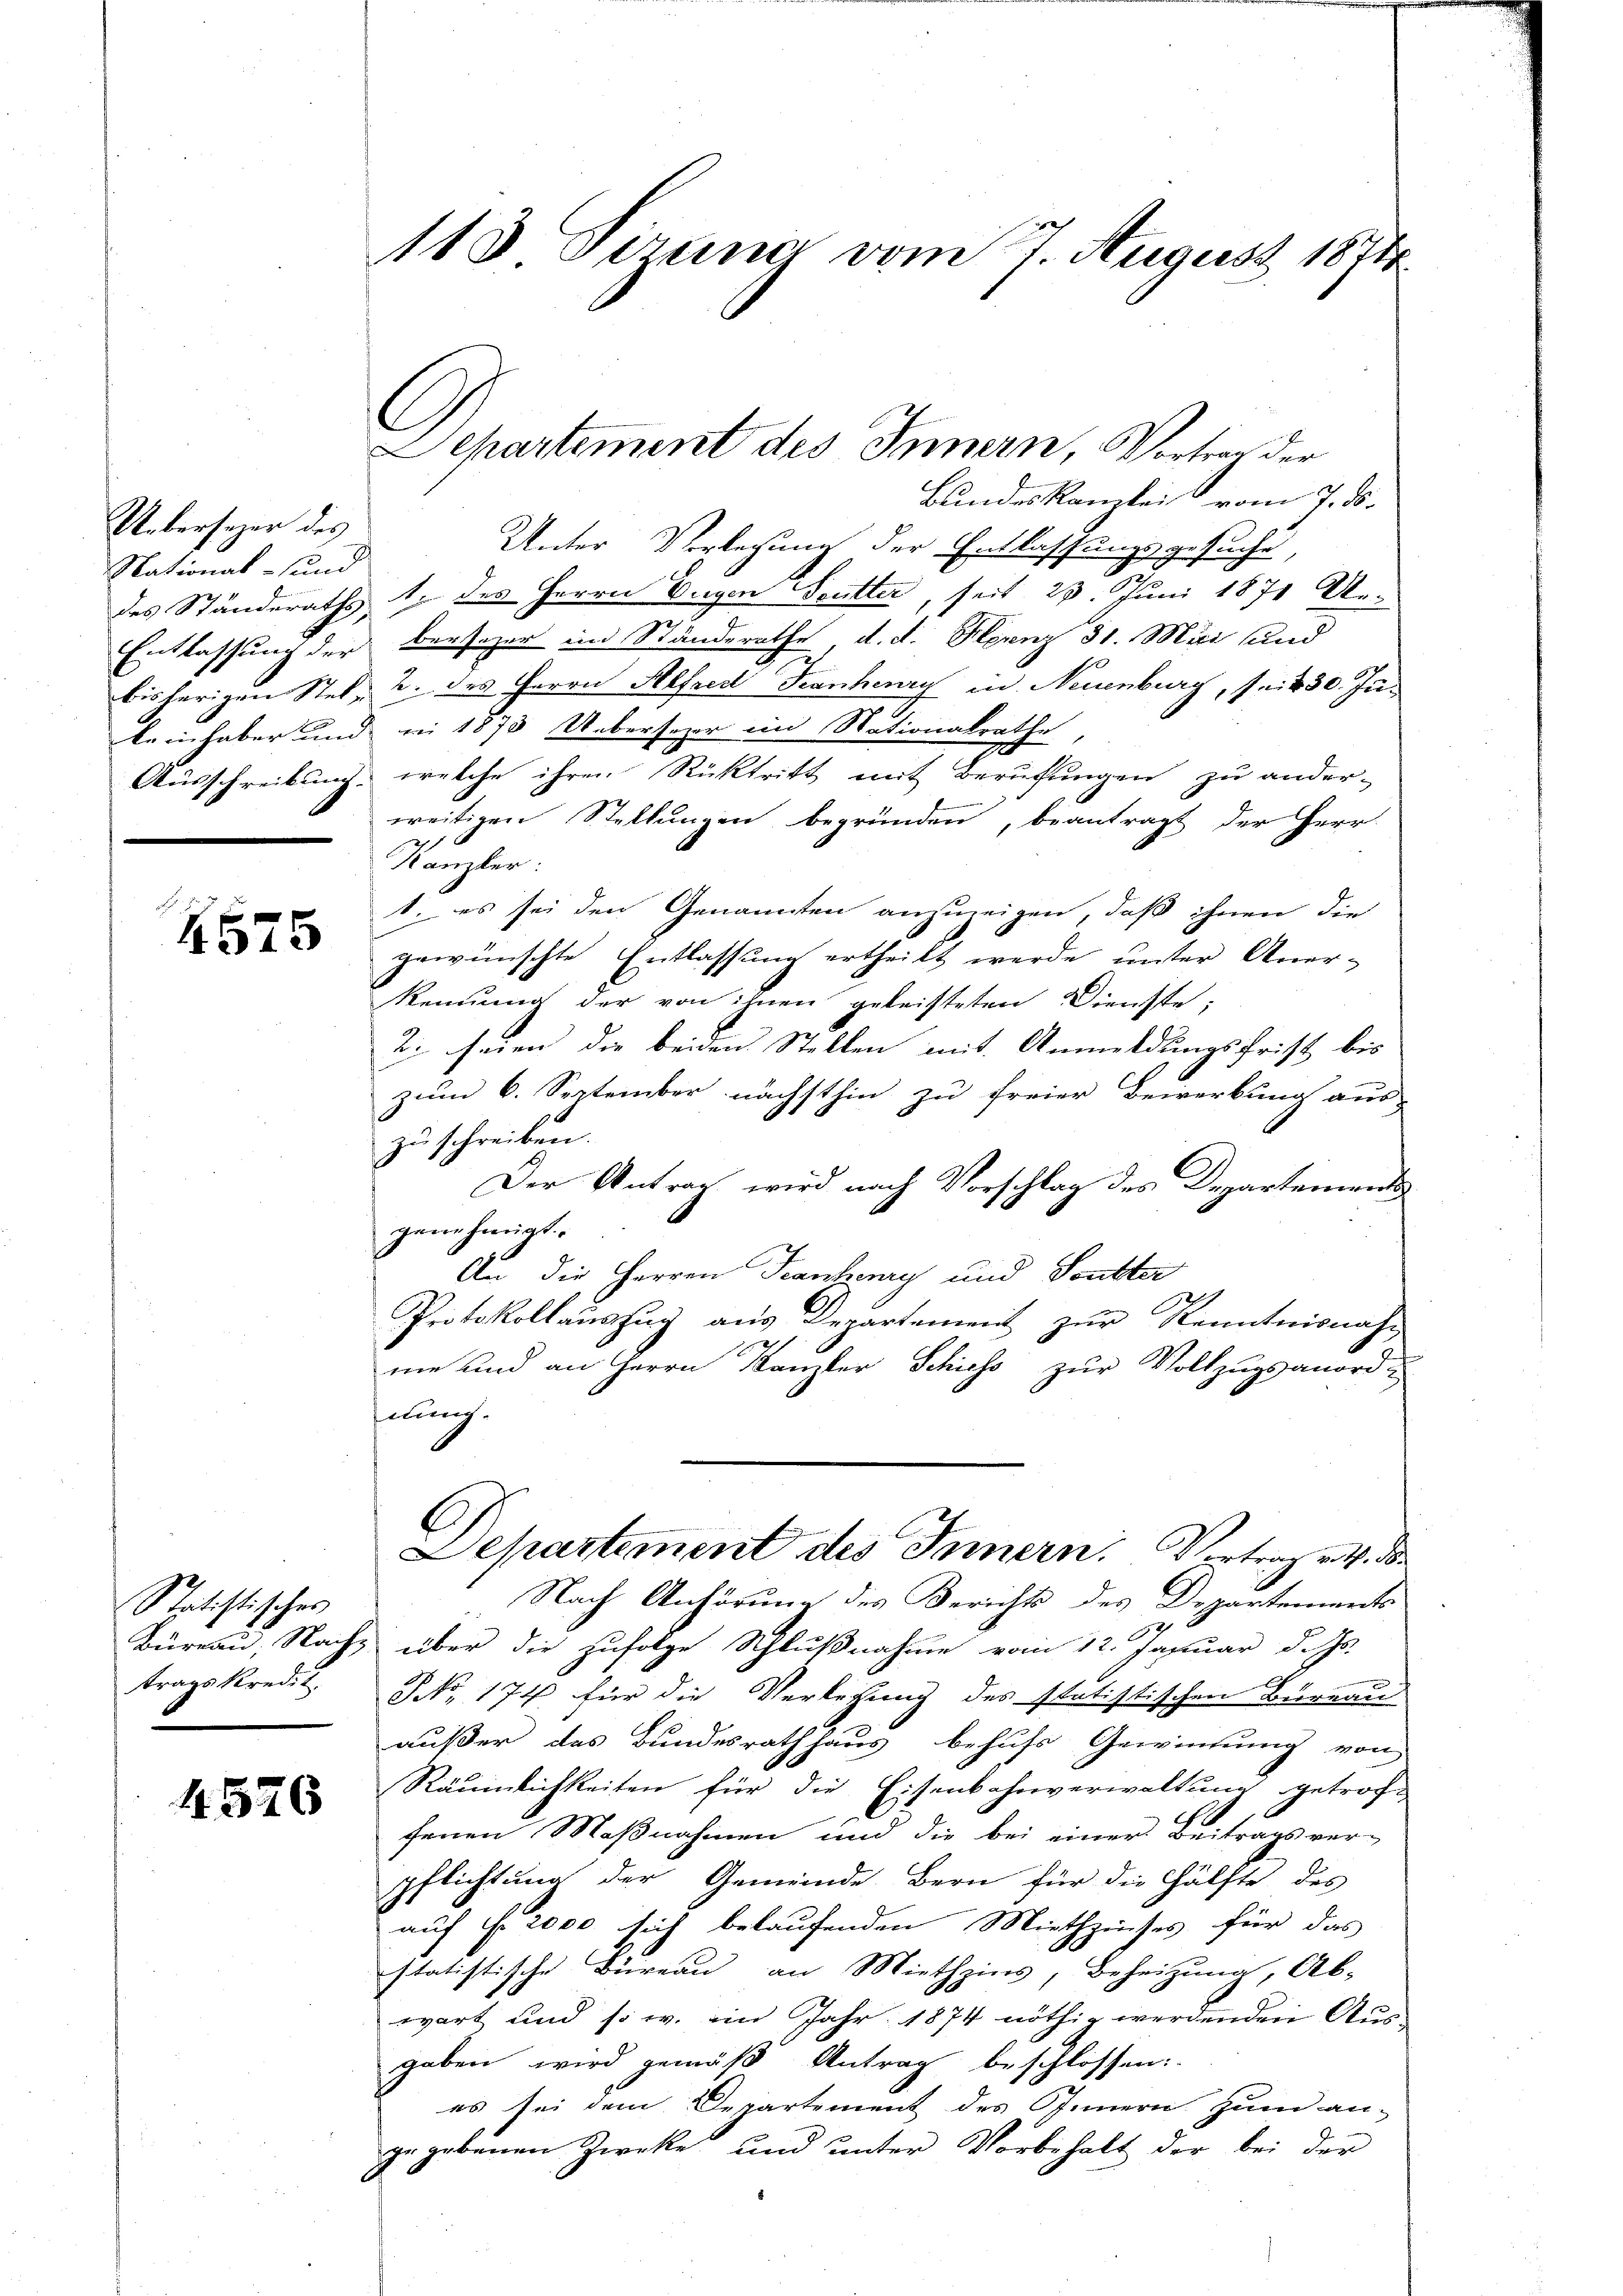
Uebersezer des
National- und
Entlassung der

4575

Statistisches
trags kredit.

4576

113 Tizung vom 7. August 1874.

e
Departement des Innern, Vortrag der

Bundeskanzlei vom 7. ds.
Unter Verlegung der Entlassungsgesuche,
des Ständeraths des Herrn Vergen Soutter, seit 23. Juni 1871 Ue-
bersezer in Ständerathe d. d. Hernz 31. Mai und
bisherigen Stet, 2. des Herrn Alfred Frankey in Neuenburg, seit 30. Inkein haber und ni 1873 Uebersezer im Nationalrathe
e
Ausschreibung, welche ihren Rücktritt mit Berufungen zu ander-
wreitigen Stellungen begründen, beantragt der Herr
Kanzler:
1. es sei den Genannten anzuzeigen, daß ihnen die
gewünschte Entlassung ertheilt werde unter Aner-
kennung der von ihnen geleisteten Dienste;
2: seien die beiden Stellen mit Anmeldungsfrist bis
zum 6. September nächsthin zu freier Bewerbung aus
zu schreiben.
Der Antrag wird nach Vorschlag des Departement
genehmigt.
An die Herren Frankery und Soutter
Protokollauszug aus Departement zur Kenntnisnah¬
12
me und an Herrn Kanzler Schiess zur Vollzugsanord-
nung.
Departement des Innern. Vertrag v. M. da
Nach Anhörung des Berichts des Departements
Büreau, Nachs über die zufolge Schlußnahme vom 12. Januar d. Js.
PNNo. 174 für die Verlegung des statistischen Büreau
außer des Bundesrath haus behufs Gewinnung von
Räumlichkeiten für die Eisenbahnverwaltung getroffenen Maßnahmen und die bei einer Beitragsver-
pflichtung der Gemeinde Bern für die Hälfte des
auf §. 2000 sich belaufenden Miethzinses für das
statistische Büreau an Miethzins, Beheizung, Ab-
wart und s. w. im Jahr 1874 nöthig werdenden Aus-
gaben wird gemäß Antrag beschlossen:
es sei dem Departement des Innern zum an-
gegebenen Zwecke und unter Vorbehalt der bei der